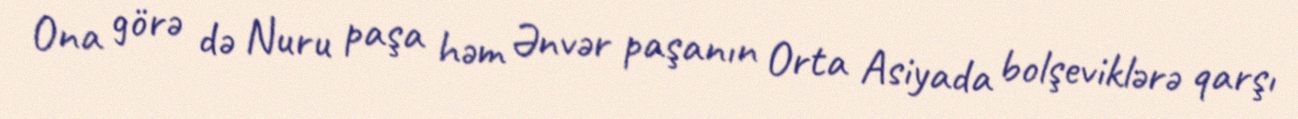
Ona görə də Nuru paşa həm Ənvər paşanın Orta Asiyada bolşeviklərə qarşı